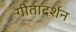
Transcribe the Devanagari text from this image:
गीतादर्शन